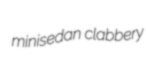
minisedan clabbery